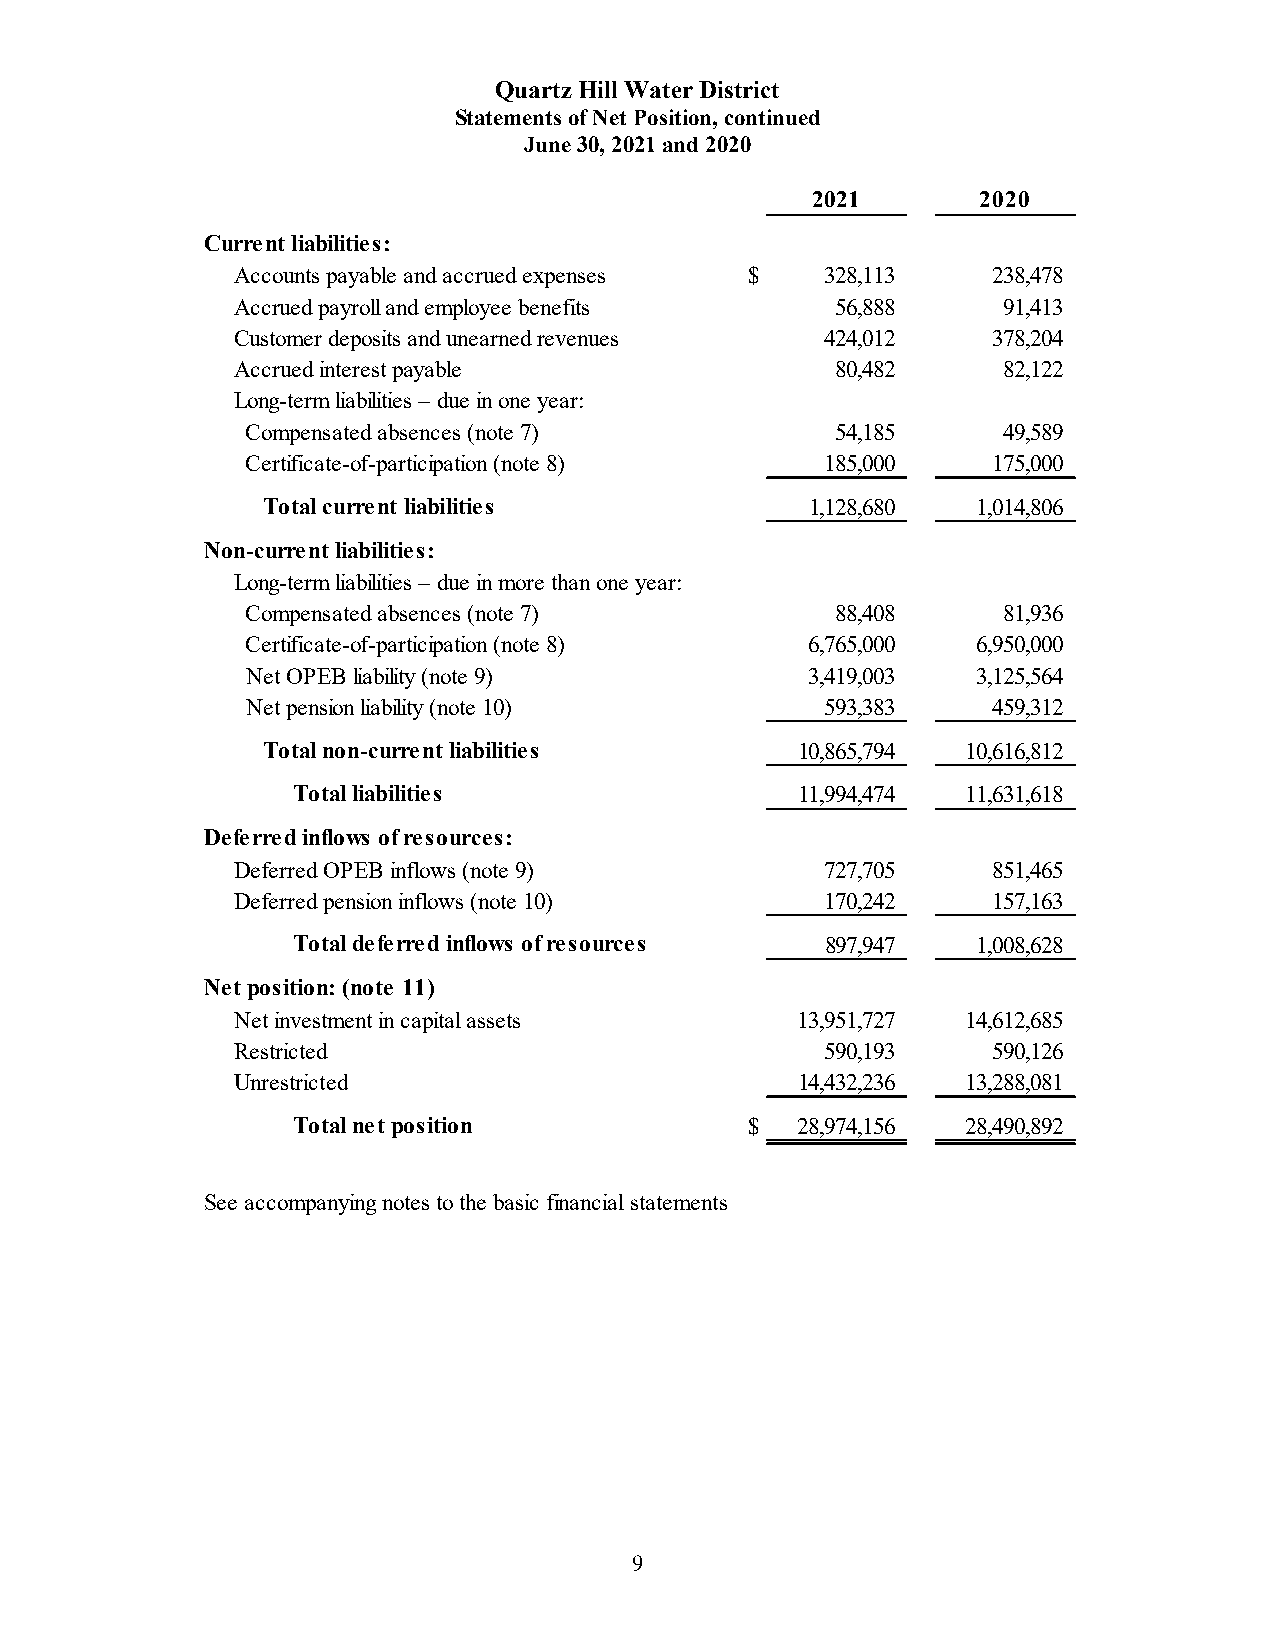
Quartz Hill Water District
 Statements of Net Position, continued
 June 30, 2021 and 2020
 2021       2020
 Current liabilities:
 Accounts payable and accrued expenses $ 328,113    238,478
 Accrued payroll and employee benefits   56,888     9 1,413
 Customer deposits and unearned revenues 424,012    378,204
 Accrued interest payable                80,482     8 2,122
 Long-term liabilities – due in one year:
 Compensated absences (note 7)          54,185     4 9,589
 Certificate-of-participation (note 8)  185,000    175,000
 Total current liabilities            1,128,680  1,014,806
 Non-current liabilities:
 Long-term liabilities – due in more than one year:
 Compensated absences (note 7)          88,408     8 1,936
 Certificate-of-participation (note 8) 6,765,000  6,950,000
 Net OPEB liability (note 9)           3,419,003  3,125,564
 Net pension liability (note 10)        593,383    459,312
 Total non-current liabilities       10,865,794 1 0,616,812
 Total liabilities                 11,994,474 11,631,618
 Deferred inflows of resources:
 Deferred OPEB inflows (note 9)          727,705    851,465
 Deferred pension inflows (note 10)      170,242    157,163
 Total deferred inflows of resources 897,947   1,008,628
 Net position: (note 11)
 Net investment in capital assets      13,951,727 1 4,612,685
 Restricted                              590,193    590,126
 Unrestricted                          14,432,236 1 3,288,081
 Total net position             $  28,974,156 2 8,490,892
 -          -
 See accompanying notes to the basic financial statements
 9